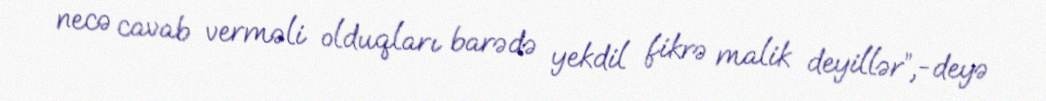
necə cavab verməli olduqları barədə yekdil fikrə malik deyillər”,-deyə